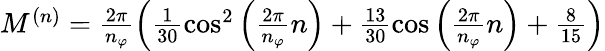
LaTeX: \begin{array}{r}{M^{(n)}=\frac{2\pi}{n_{\varphi}}\left(\frac{1}{30}\cos^{2}\left(\frac{2\pi}{n_{\varphi}}n\right)+\frac{13}{30}\cos\left(\frac{2\pi}{n_{\varphi}}n\right)+\frac{8}{15}\right)}\end{array}